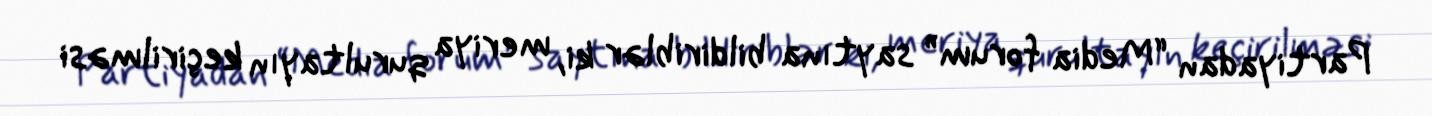
Partiyadan “Media forum” saytına bildiriblər ki, meriya qurultayın keçirilməsi